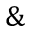
\&